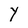
Character: Y